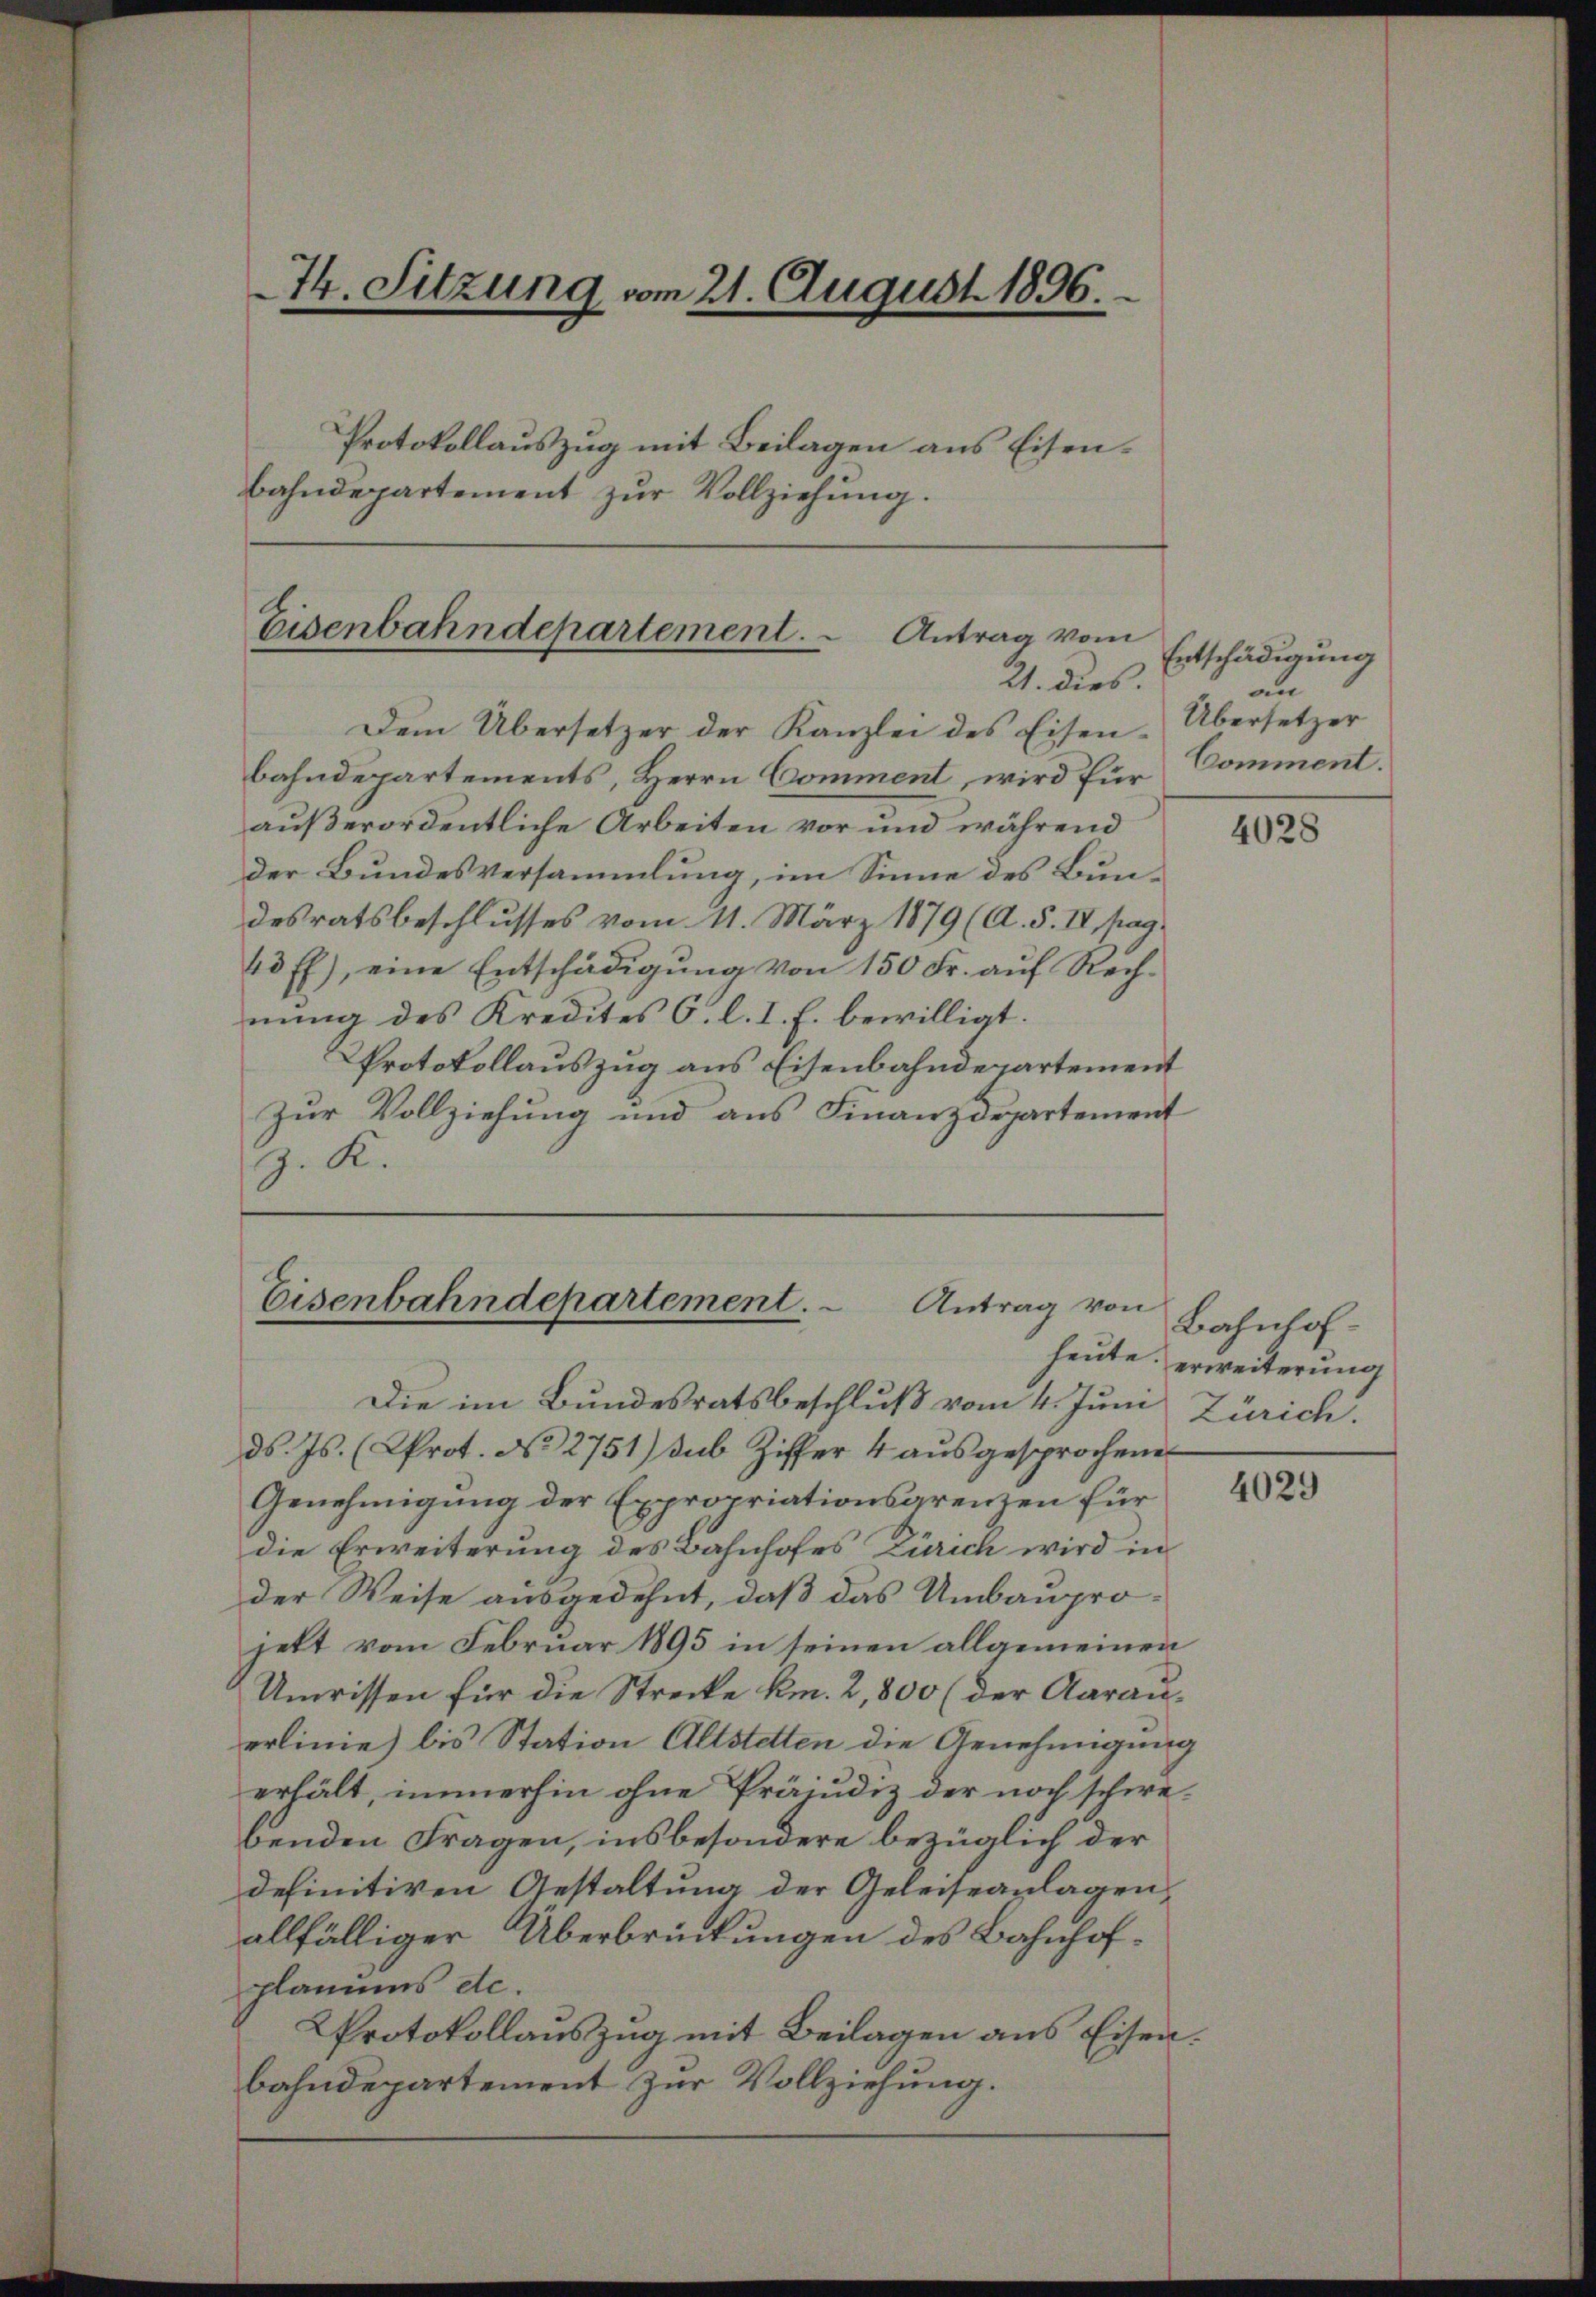
74. Sitzung vom 21. August 1896.
Protokollauszug mit Beilagen aus Eisenbahndepartement zur Vollziehung.

Eisenbahndepartement.   Antrag vom
21. dies.

Dem Übersetzer der Kanzlei des Eisen-
bahndepartements, Herrn Comment, wird für
außerordentliche Arbeiten vor und während
der Bundesversammlung, im Sinne des Bundesratsbeschlusses vom 11. März 1879 (A. 5. IV, pag.
43 ff.), eine Entschädigŭng von 150 Fr. aŭf Rech-
nŭng des Kredites C. l. I. f. bewilligt.
Protokollauszug aus Eisenbahndepartement
zur Vollziehung und aus Finanzdepartement
z. K.

Eisenbahndepartement.
Antrag von

Die im Bundesratsbeschluß vom 4. Juni
ds. Js. (Prot. No. 2751) sub Ziffer 4 ausgesprochenen
Genehmigung der Expropriationsgrenzen für
die Erweiterung des Bahnhofes Zürich wird in
der Weise ausgedehnt, daß das Umbauprojett vom Februar 1895 in seinen allgemeinen
Umrissen für die Strecke km. 2,800 (der Aarauerlinie) bis Station Altstetten die Genehmigung
erhält, immerhin ohne Präjudiz der noch schwebenden Fragen, insbesondere bezüglich der
definitiven Gestaltung der Geleiseanlagen,
allfälliger Überbrückungen des Bahnhofplanums de
Protokollauszug mit Beilagen aus Eisen.
bahndepartement zur Vollziehung.

Entschädigung
an
Übersetzer
Comment.

4028

Bahnhofheute erweiterung
Zürich.

4029